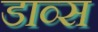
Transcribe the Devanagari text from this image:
डाव्स